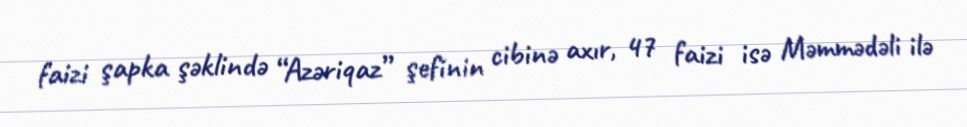
faizi şapka şəklində “Azəriqaz” şefinin cibinə axır, 47 faizi isə Məmmədəli ilə